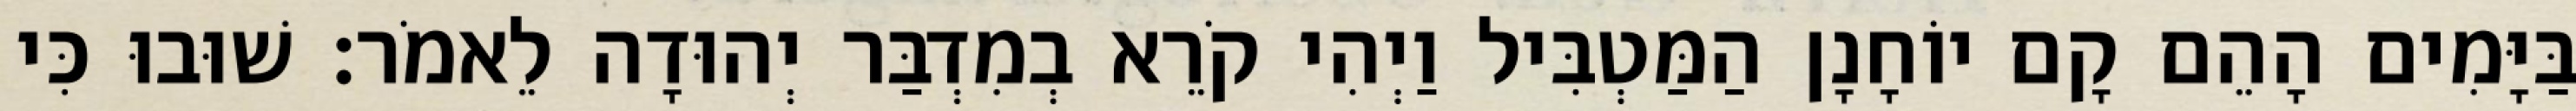
בַּיָּמִים הָהֵם קָם יוֹחָנָן הַמַּטְבִּיל וַיְהִי קֹרֵא בְמִדְבַּר יְהוּדָה לֵאמֹר׃ שׁוּבוּ כִּי